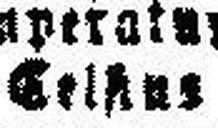
Gel###us